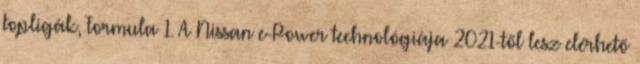
topligák, Formula–1. A Nissan e-Power technológiája 2021-től lesz elérhető